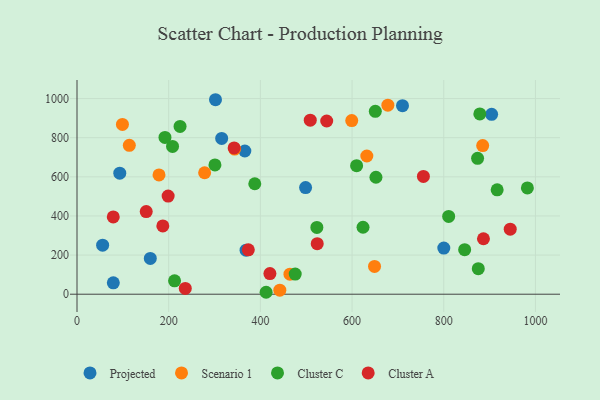
{"axis": {"x": "Price", "y": "Sales"}, "legend": ["Cluster A", "Cluster C", "Projected", "Scenario 1"], "data": [{"x": "366.1", "y": 732.1, "type": "Projected"}, {"x": "498.6", "y": 545.3, "type": "Projected"}, {"x": "904.4", "y": 919.7, "type": "Projected"}, {"x": "315.6", "y": 796.2, "type": "Projected"}, {"x": "55.9", "y": 250.7, "type": "Projected"}, {"x": "79.2", "y": 58.2, "type": "Projected"}, {"x": "302.1", "y": 994.1, "type": "Projected"}, {"x": "93.3", "y": 618.7, "type": "Projected"}, {"x": "159.9", "y": 183.1, "type": "Projected"}, {"x": "710.0", "y": 963.7, "type": "Projected"}, {"x": "368.8", "y": 225.0, "type": "Projected"}, {"x": "800.1", "y": 235.6, "type": "Projected"}, {"x": "678.1", "y": 966.2, "type": "Scenario 1"}, {"x": "114.1", "y": 760.8, "type": "Scenario 1"}, {"x": "442.4", "y": 20.6, "type": "Scenario 1"}, {"x": "632.2", "y": 706.4, "type": "Scenario 1"}, {"x": "343.9", "y": 741.8, "type": "Scenario 1"}, {"x": "178.9", "y": 609.8, "type": "Scenario 1"}, {"x": "884.9", "y": 759.6, "type": "Scenario 1"}, {"x": "278.4", "y": 620.9, "type": "Scenario 1"}, {"x": "464.5", "y": 102.3, "type": "Scenario 1"}, {"x": "99.1", "y": 868.0, "type": "Scenario 1"}, {"x": "649.0", "y": 141.8, "type": "Scenario 1"}, {"x": "599.3", "y": 887.3, "type": "Scenario 1"}, {"x": "810.7", "y": 397.7, "type": "Cluster C"}, {"x": "212.8", "y": 68.2, "type": "Cluster C"}, {"x": "387.8", "y": 564.6, "type": "Cluster C"}, {"x": "623.9", "y": 342.2, "type": "Cluster C"}, {"x": "878.7", "y": 921.5, "type": "Cluster C"}, {"x": "609.9", "y": 656.8, "type": "Cluster C"}, {"x": "523.2", "y": 341.2, "type": "Cluster C"}, {"x": "224.8", "y": 857.7, "type": "Cluster C"}, {"x": "208.4", "y": 755.2, "type": "Cluster C"}, {"x": "875.3", "y": 130.5, "type": "Cluster C"}, {"x": "412.5", "y": 9.9, "type": "Cluster C"}, {"x": "652.1", "y": 597.8, "type": "Cluster C"}, {"x": "650.7", "y": 934.7, "type": "Cluster C"}, {"x": "476.0", "y": 103.1, "type": "Cluster C"}, {"x": "873.8", "y": 694.7, "type": "Cluster C"}, {"x": "300.9", "y": 661.0, "type": "Cluster C"}, {"x": "845.6", "y": 227.9, "type": "Cluster C"}, {"x": "982.4", "y": 543.2, "type": "Cluster C"}, {"x": "191.9", "y": 801.6, "type": "Cluster C"}, {"x": "916.5", "y": 533.6, "type": "Cluster C"}, {"x": "544.7", "y": 885.3, "type": "Cluster A"}, {"x": "755.6", "y": 601.9, "type": "Cluster A"}, {"x": "886.6", "y": 283.4, "type": "Cluster A"}, {"x": "198.8", "y": 501.5, "type": "Cluster A"}, {"x": "187.2", "y": 349.2, "type": "Cluster A"}, {"x": "151.0", "y": 422.2, "type": "Cluster A"}, {"x": "508.8", "y": 889.8, "type": "Cluster A"}, {"x": "524.0", "y": 258.3, "type": "Cluster A"}, {"x": "420.8", "y": 105.6, "type": "Cluster A"}, {"x": "342.7", "y": 747.6, "type": "Cluster A"}, {"x": "945.0", "y": 332.2, "type": "Cluster A"}, {"x": "373.7", "y": 226.8, "type": "Cluster A"}, {"x": "79.1", "y": 395.1, "type": "Cluster A"}, {"x": "236.2", "y": 29.8, "type": "Cluster A"}]}